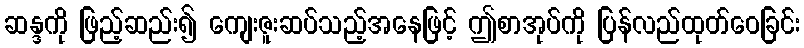
ဆန္ဒကို ဖြည့်ဆည်း၍ ကျေးဇူးဆပ်သည့်အနေဖြင့် ဤစာအုပ်ကို ပြန်လည်ထုတ်ဝေခြင်း